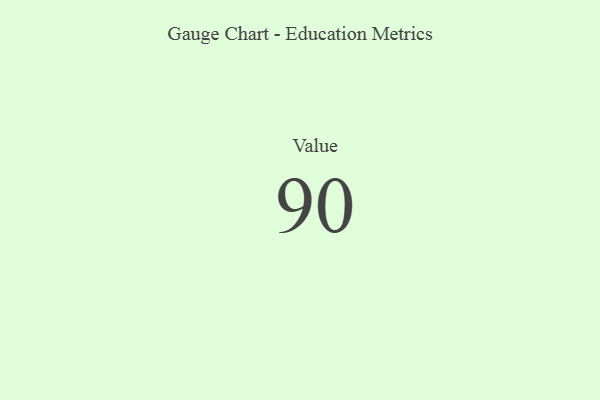
{"axis": {"x": "Metric", "y": "Value"}, "legend": [""], "data": [{"x": "Value", "y": 90, "type": ""}]}